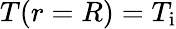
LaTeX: T(r=R)=T_{\mathrm{i}}